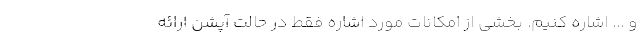
و ... اشاره کنیم. بخشی از امکانات مورد اشاره فقط در حالت آپشن ارائه